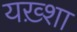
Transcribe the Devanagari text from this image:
यख़्शा